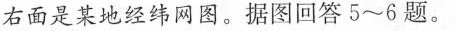
右面是某地经纬网图。据图回答5~6题。